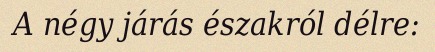
A négy járás északról délre: